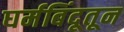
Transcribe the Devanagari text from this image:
घर्मबिंदूतून